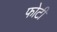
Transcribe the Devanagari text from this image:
फोटी